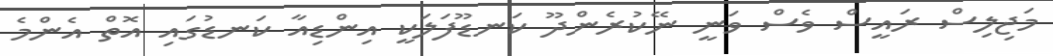
މަޖިލިސް ރައީސް ވެސް ވަނީ ނޭކުރެންދޫ ކަނޑޫފަލަކީ އިންޑިއާ ކަނޑުގައި އޮތް އެންމެ